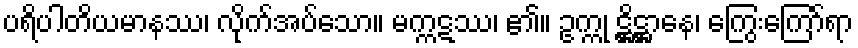
ပရိပါတိယမာနဿ၊ လိုက်အပ်သော။ မက္ကဋဿ၊ ၏။ ဥက္ကု ဋ္ဌိဋ္ဌာနေ၊ ကြွေးကြော်ရာ